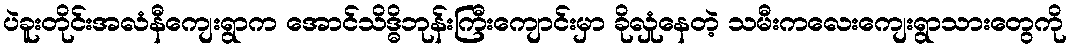
ပဲခူးတိုင်းအလံနီကျေးရွာက အောင်သိဒ္ဓိဘုန်းကြီးကျောင်းမှာ ခိုလှုံနေတဲ့ သမီးကလေးကျေးရွာသားတွေကို